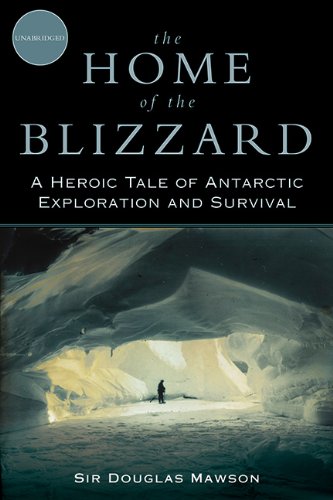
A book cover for The Home of the Blizzard: A Heroic Tale of Antarctic Exploration and Survival; Douglas Mawson; Travel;